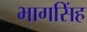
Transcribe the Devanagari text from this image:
भागसिंह